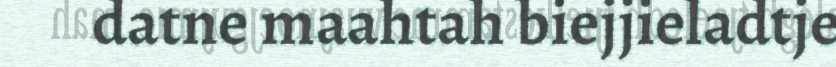
datne maahtah biejjieladtje